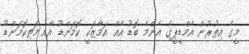
މީގެ އިތުރުން އެމްޑީޕީގެ އެންމެ ބޮޑު އެއް އަމާޒަކީ ކޮމަންޑޫ އާއި މަތިކޮމަންޑޫ